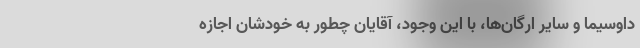
داوسیما و سایر ارگان‌ها، با این وجود، آقایان چطور به خودشان اجازه